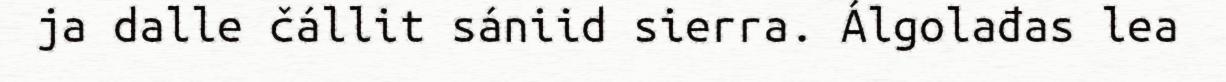
ja dalle čállit sániid sierra. Álgolađas lea